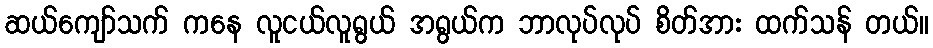
ဆယ်ကျော်သက် ကနေ လူငယ်လူရွယ် အရွယ်က ဘာလုပ်လုပ် စိတ်အား ထက်သန် တယ်။